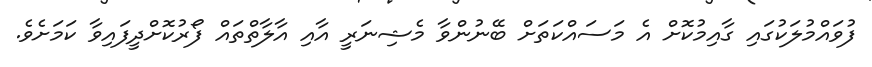
ފުވައްމުލަކުގައި ގާއިމުކޮށް އެ މަސައްކަތަށް ބޭނުންވާ މެޝިނަރީ އާއި އާލާތްތައް ފޯރުކޮށްދީފައިވާ ކަމަށެވެ.